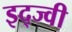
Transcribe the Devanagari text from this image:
इद्ज्वी